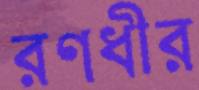
রণধীর